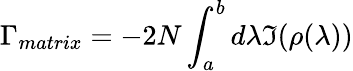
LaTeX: \Gamma_{matrix}=-2N\int_{a}^{b}d\lambda\Im(\rho(\lambda))